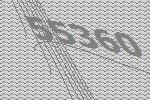
55360